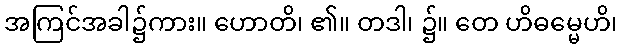
အကြင်အခါ၌ကား။ ဟောတိ၊ ၏။ တဒါ၊ ၌။ တေ ဟိဓမ္မေဟိ၊